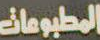
المطبوعات